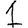
Digit: 1